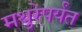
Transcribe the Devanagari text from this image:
मथुरेपर्यंत